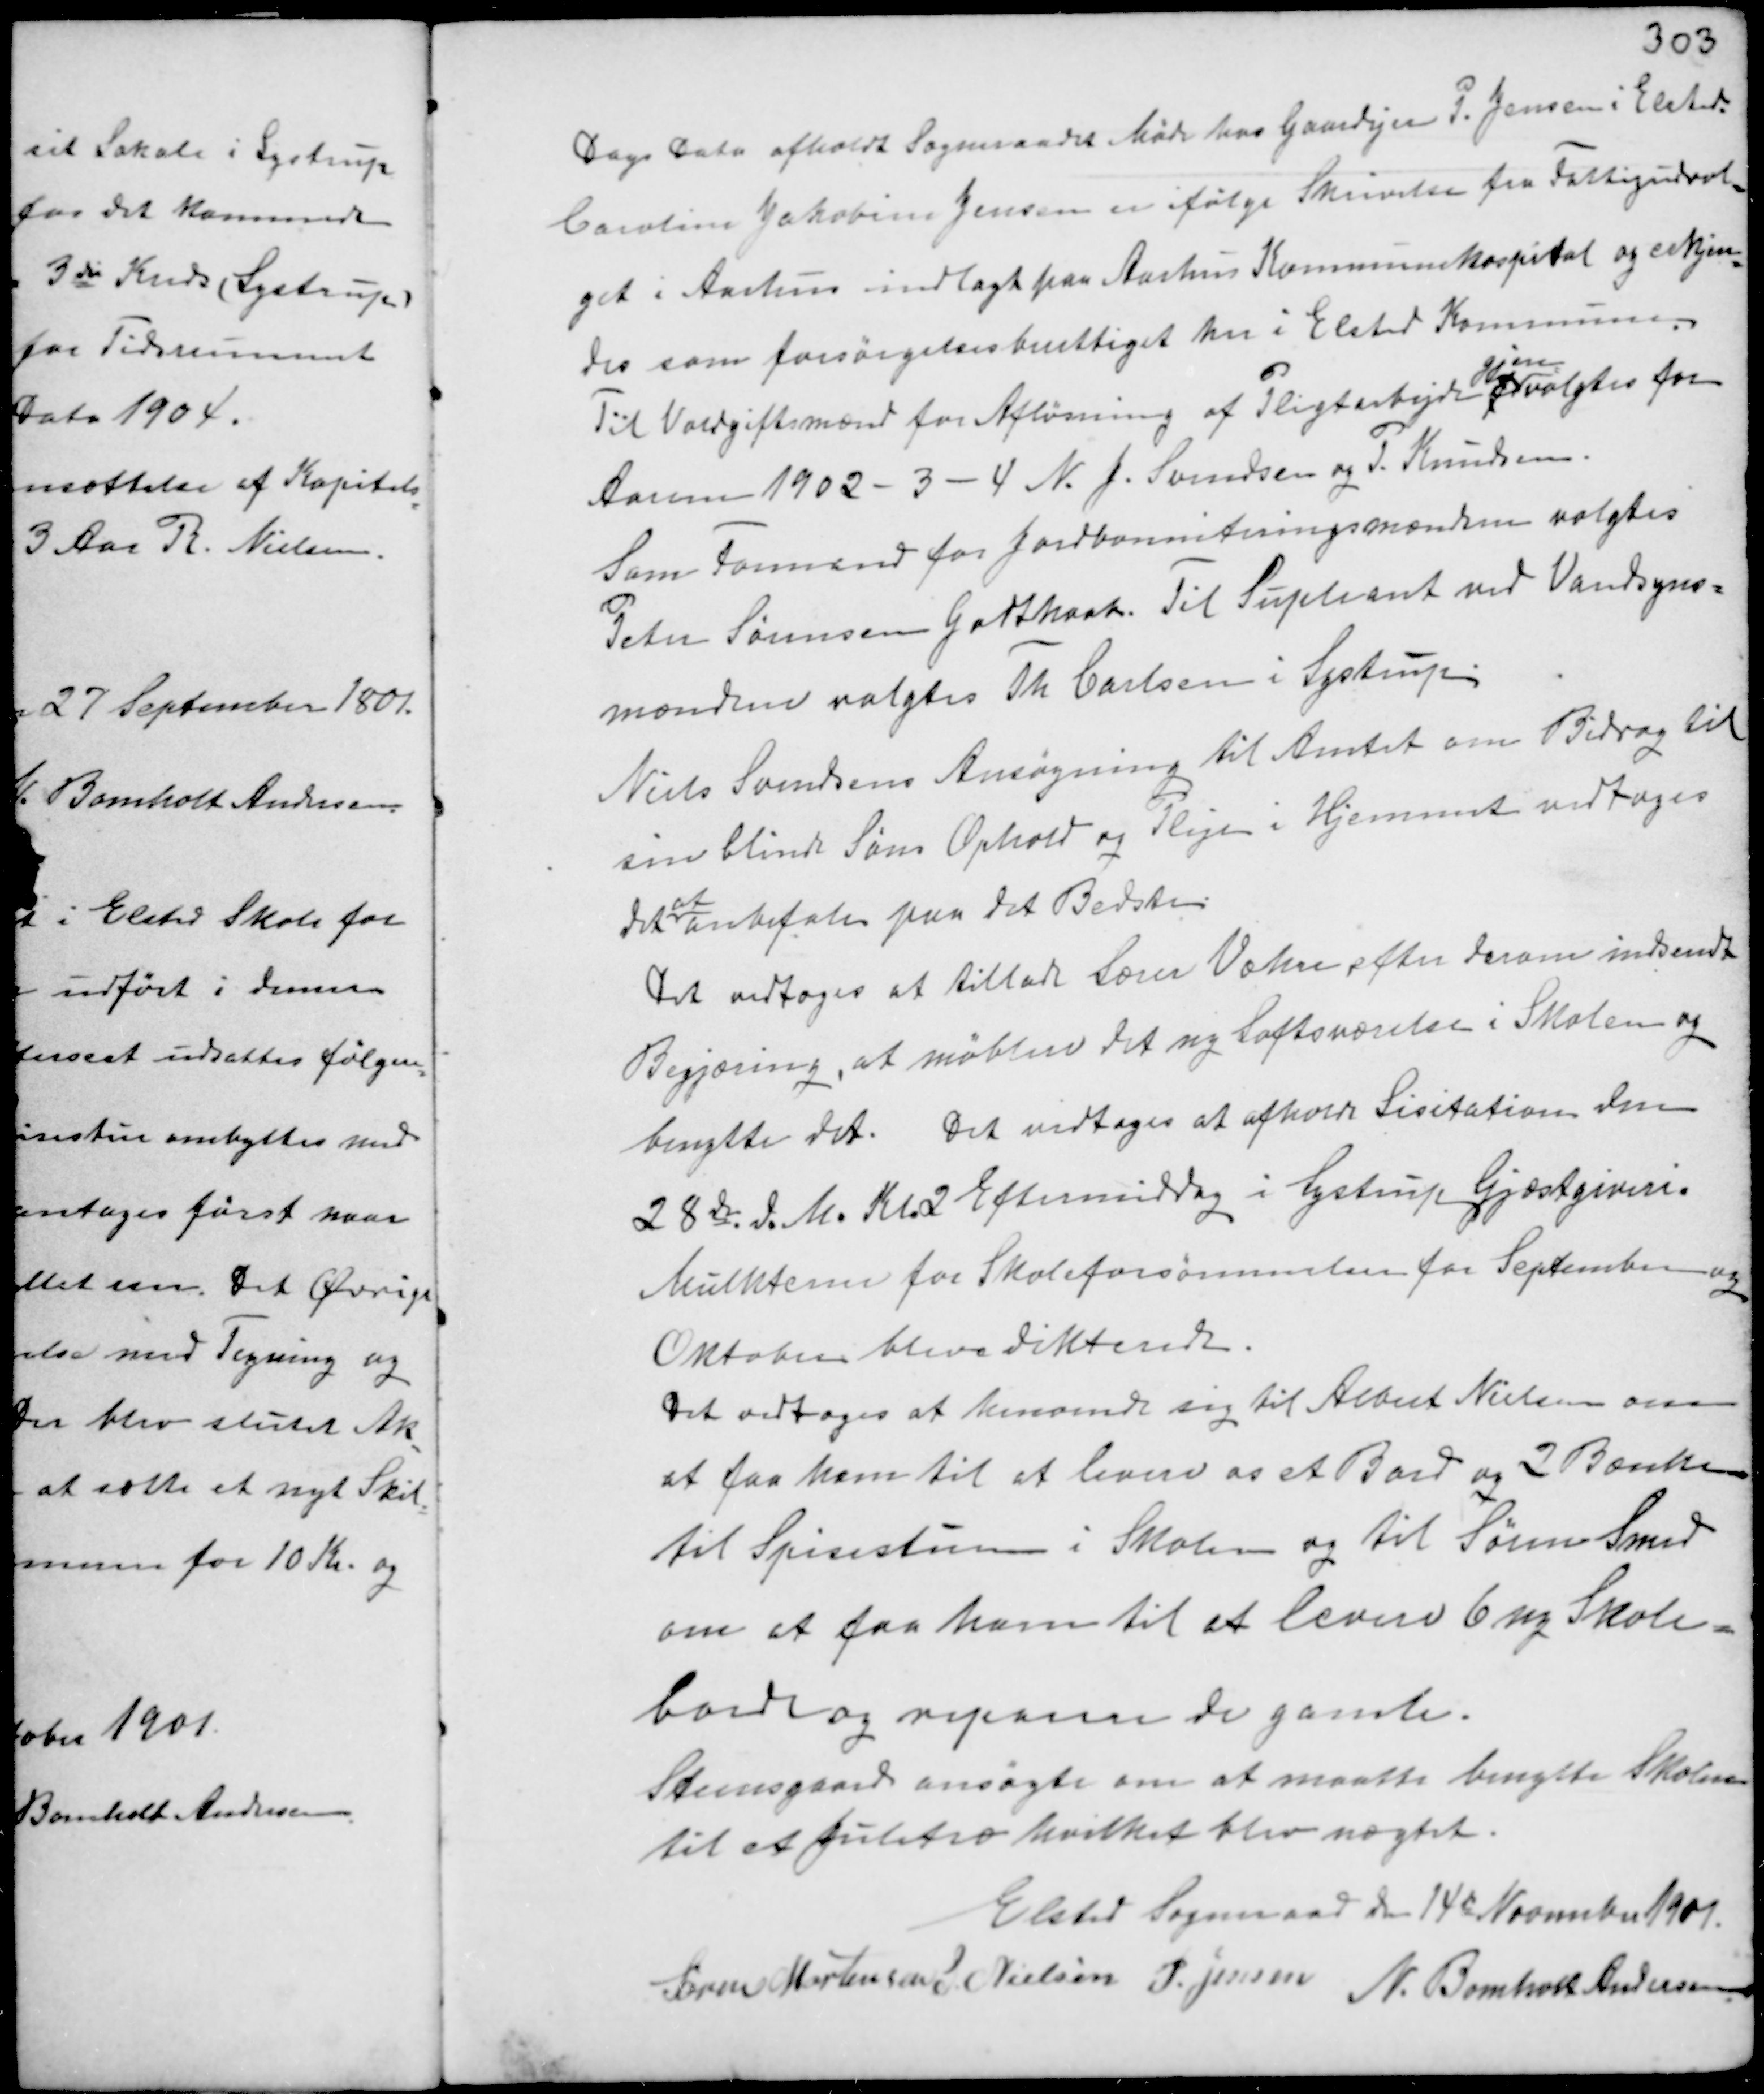
Transskription:
Dags Dato afholdt Sogneraadet Møde hos Gaardejer P. Jensen i Elsted.
Caroline Jakobine Jensen er ifølge Skrivelse fra Fattigudval-
get i Aarhus indlagt paa Aarhus Kommunehospital og erkjen-
des som forsørgelsesberettiget her i Elsted Kommune.
Til Voldgiftsmænd for Afløsning af Pligtarbejde f
gjen-
valgtes for
Aarene 1902 - 3 - 4 N. J. Svendsen og P. Knudsen.
Som Formand for Jordbonniteringsmændene valgtes
Peter Sørensen Godthaab. Til Supleant ved Vandsyns-
mændene valgtes Th Carlsen i Lystrup.
Niels Svendsens Ansøgning til Amtet om Bidrag til
sin blinde Søns Ophold og Pleje i Hjemmet vedtoges
det
at
anbefale paa det Bedste.

Det vedtoges at tillade Lærer Væhre efter derom indsendte
Begjæring, at møblere det ny Loftsværelse i Skolen og
benytte det. Det vedtoges at afholde Lisitation den
28 de d.M. Kl 2 Eftermiddag i Lystrup Gjæstgiveri.
Mulkterne for Skoleforsømmelser for September og
Oktober blev dikterede.
Det vedtoges at henvende sig til Albert Nielsen om
at faa ham til at levere os et Bord og 2 Bænke
til Spisestuen i Skolen og til Søren Smed
om at faa ham til at levere 6 ny Skole-
borde og reparere de gamle.
Steensgaard ansøgte om at maatte benytte Skolen
til et Juletræ hvilket blev nægtet.

Elsted Sogneraad den 14 d November 1901.
Søren Mortensen S Nielsen P. Jensen
N. Bomholt Andersen